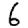
Digit: 6